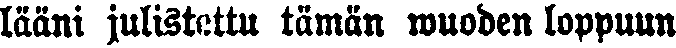
lääni julistettu tämän wuoden loppuun